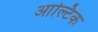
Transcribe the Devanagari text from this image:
आल्टिक